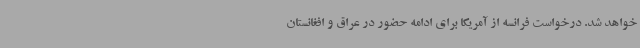
خواهد شد. درخواست فرانسه از آمریکا برای ادامه حضور در عراق و افغانستان